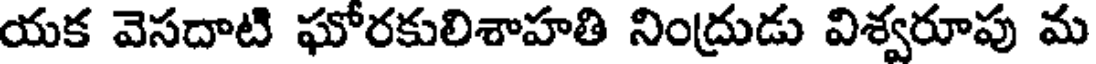
యక వెసదాటి ఘోరకులిశాహతి నింద్రుడు విశ్వరూపు మ